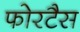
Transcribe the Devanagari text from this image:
फोरटैस